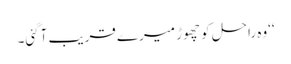
‘‘وہ راحل کو چھوڑ میرے قریب آگئی۔